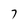
Character: 7